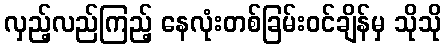
လှည့်လည်ကြည့် နေလုံးတစ်ခြမ်းဝင်ချိန်မှ သိုသို